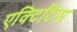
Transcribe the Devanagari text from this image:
एक्टिटिस